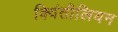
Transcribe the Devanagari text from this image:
क्विंतीलियन